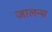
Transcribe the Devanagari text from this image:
जालन्स